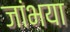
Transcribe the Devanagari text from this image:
जांभया